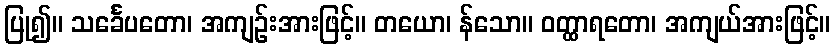
ပြု၍။ သင်္ခေပတော၊ အကျဉ်းအားဖြင့်။ တယော၊ န်သော။ ဝတ္ထာရတော၊ အကျယ်အားဖြင့်။